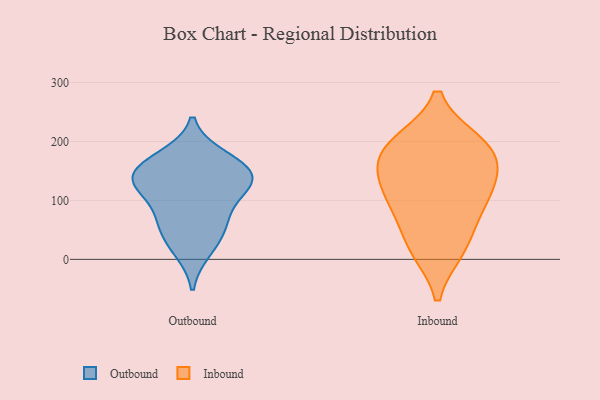
{"axis": {"x": "Temperature (°C)", "y": "Value"}, "legend": ["Inbound", "Outbound"], "data": [{"x": "", "y": 128, "type": "Outbound"}, {"x": "", "y": 41, "type": "Outbound"}, {"x": "", "y": 68, "type": "Outbound"}, {"x": "", "y": 173, "type": "Outbound"}, {"x": "", "y": 74, "type": "Outbound"}, {"x": "", "y": 156, "type": "Outbound"}, {"x": "", "y": 133, "type": "Outbound"}, {"x": "", "y": 132, "type": "Outbound"}, {"x": "", "y": 159, "type": "Outbound"}, {"x": "", "y": 123, "type": "Outbound"}, {"x": "", "y": 16, "type": "Outbound"}, {"x": "", "y": 195, "type": "Inbound"}, {"x": "", "y": 119, "type": "Inbound"}, {"x": "", "y": 19, "type": "Inbound"}, {"x": "", "y": 17, "type": "Inbound"}, {"x": "", "y": 170, "type": "Inbound"}, {"x": "", "y": 88, "type": "Inbound"}, {"x": "", "y": 198, "type": "Inbound"}, {"x": "", "y": 127, "type": "Inbound"}, {"x": "", "y": 190, "type": "Inbound"}, {"x": "", "y": 146, "type": "Inbound"}, {"x": "", "y": 75, "type": "Inbound"}]}